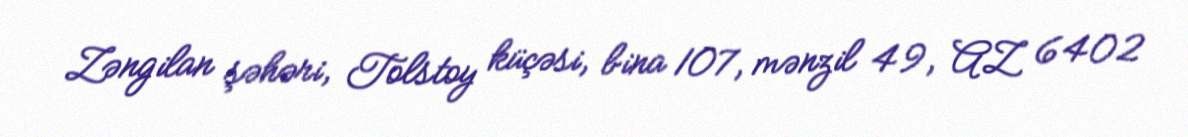
Zəngilan şəhəri, Tolstoy küçəsi, bina 107, mənzil 49, AZ 6402